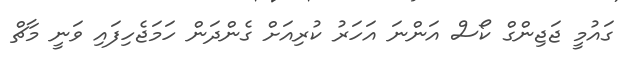
ގައުމީ ޖަޖިންގް ކޯސް އަންނަ އަހަރު ކުރިއަށް ގެންދަން ހަމަޖެހިފައި ވަނީ މާޗް